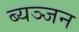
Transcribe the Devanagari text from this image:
ब्यञ्जन